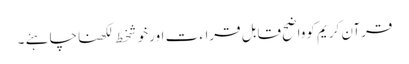
قرآن کریم کوواضح قابل قراء ت اورخوشخط لکھناچاہئے ۔